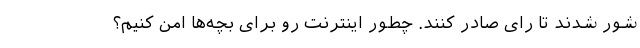
شور شدند تا رای صادر کنند. چطور اینترنت رو برای بچه‌ها امن کنیم؟